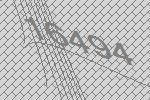
16494